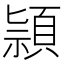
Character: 頴